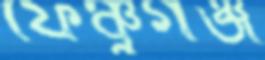
ফেঞ্চুগঞ্জ